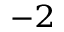
^ { - 2 }